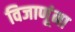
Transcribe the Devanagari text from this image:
विजाणूंना